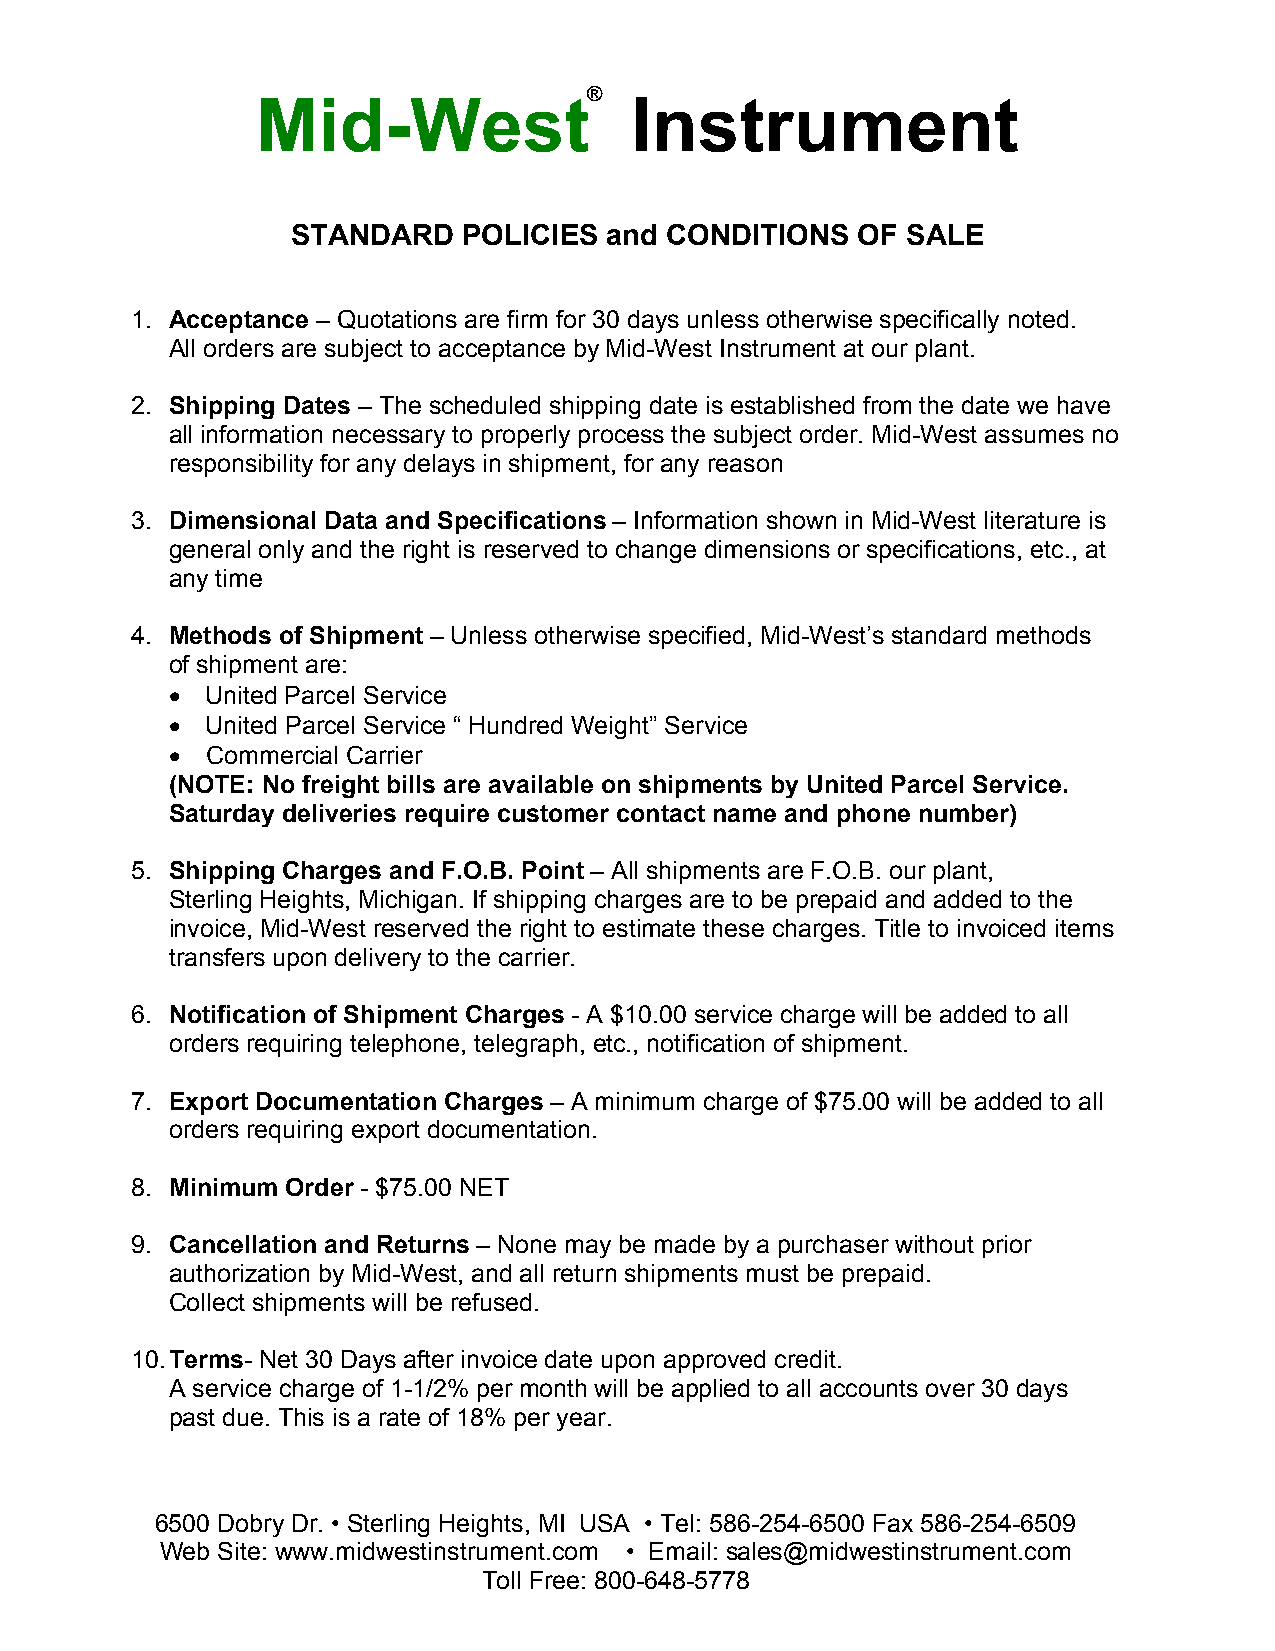
®
 Mid-West                 Instrument
 STANDARD    POLICIES and CONDITIONS   OF SALE
 1. Acceptance – Quotations are firm for 30 days unless otherwise specifically noted.
 All orders are subject to acceptance by Mid-West Instrument at our plant.
 2. Shipping Dates – The scheduled shipping date is established from the date we have
 all information necessary to properly process the subject order. Mid-West assumes no
 responsibility for any delays in shipment, for any reason
 3. Dimensional Data and Specifications – Information shown in Mid-West literature is
 general only and the right is reserved to change dimensions or specifications, etc., at
 any time
 4. Methods of Shipment – Unless otherwise specified, Mid-West’s standard methods
 of shipment are:
 •  United Parcel Service
 •  United Parcel Service “ Hundred Weight” Service
 •  Commercial Carrier
 (NOTE: No freight bills are available on shipments by United Parcel Service.
 Saturday deliveries require customer contact name and phone number)
 5. Shipping Charges and F.O.B. Point – All shipments are F.O.B. our plant,
 Sterling Heights, Michigan. If shipping charges are to be prepaid and added to the
 invoice, Mid-West reserved the right to estimate these charges. Title to invoiced items
 transfers upon delivery to the carrier.
 6. Notification of Shipment Charges - A $10.00 service charge will be added to all
 orders requiring telephone, telegraph, etc., notification of shipment.
 7. Export Documentation Charges – A minimum charge of $75.00 will be added to all
 orders requiring export documentation.
 8. Minimum Order - $75.00 NET
 9. Cancellation and Returns – None may be made by a purchaser without prior
 authorization by Mid-West, and all return shipments must be prepaid.
 Collect shipments will be refused.
 10. Terms- Net 30 Days after invoice date upon approved credit.
 A service charge of 1-1/2% per month will be applied to all accounts over 30 days
 past due. This is a rate of 18% per year.
 6500 Dobry Dr. • Sterling Heights, MI USA • Tel: 586-254-6500 Fax 586-254-6509
 Web Site: www.midwestinstrument.com • Email: sales@midwestinstrument.com
 Toll Free: 800-648-5778